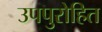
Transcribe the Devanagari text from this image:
उपपुरोहित